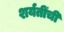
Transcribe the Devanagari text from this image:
शर्यतींची